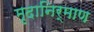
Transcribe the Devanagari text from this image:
मृदानिर्माण